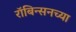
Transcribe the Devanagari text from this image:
रॉबिन्सनच्या